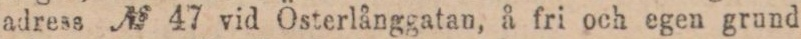
adress № 47 vid Österlånggatan, å fri och egen grund